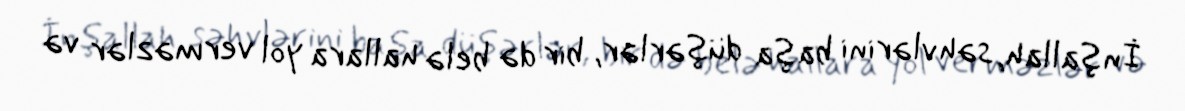
İnşallah, səhvlərini başa düşərlər, bir də belə hallara yol verməzlər və